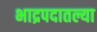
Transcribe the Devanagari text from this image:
भाद्रपदातल्या